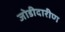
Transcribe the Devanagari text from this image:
जोडीदारीण